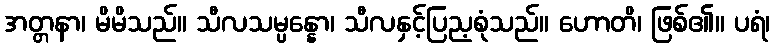
အတ္တနာ၊ မိမိသည်။ သီလသမ္ပန္နော၊ သီလနှင့်ပြည့စုံသည်။ ဟောတိ၊ ဖြစ်၏။ ပရံ၊